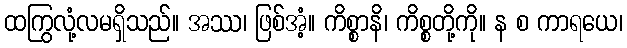
ထကြွလုံ့လမရှိသည်။ အဿ၊ ဖြစ်အံ့။ ကိစ္စာနိ၊ ကိစ္စတို့ကို။ န စ ကာရယေ၊